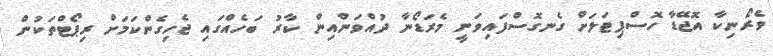
ވެރޯނިކާ އޮޖޭޑާ ހޮސްޕިޓަލަށް ގެނގޮސްފައިވަނީ މެރަޑޯނާ ދުއްވަންއިން ކާރު ބަހެއްގައި ޖެހިގެންކަމަށް ރިޕޯޓްތަކުން